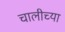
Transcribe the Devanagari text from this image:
चालीच्या